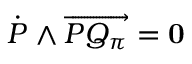
{ \dot { P } } \wedge \overrightarrow { P Q _ { \pi } } = { \bf 0 }